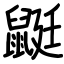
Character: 鼮